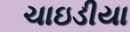
ચાઇડીયા